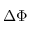
\Delta \Phi